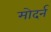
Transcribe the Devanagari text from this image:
मोदर्न